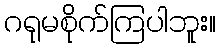
ဂရုမစိုက်ကြပါဘူး။